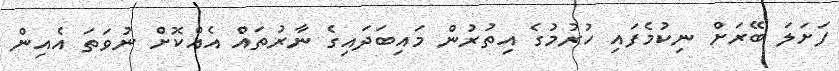
ފަށަލަ ބޭރަށް ނިކުމެފައި ހުރުމުގެ އިތުރުން މައިބަދައިގެ ނާރުތައް އެއްކޮށް ނުވަތަ އެއިން